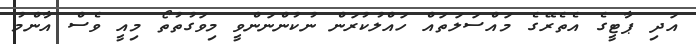
އަދި ޕާޓީގެ އެތެރޭގެ މައްސަލަތައް ހައްލުކުރަން ނުކުންނަންވީ މިވަގުތުތޯ މިއީ ވެސް އާންމު